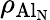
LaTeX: \rho_{\mathrm{Al_{N}}}